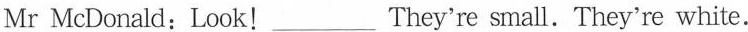
Mr McDonald:Look!___They're small. They're white.